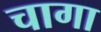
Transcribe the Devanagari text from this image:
चागा